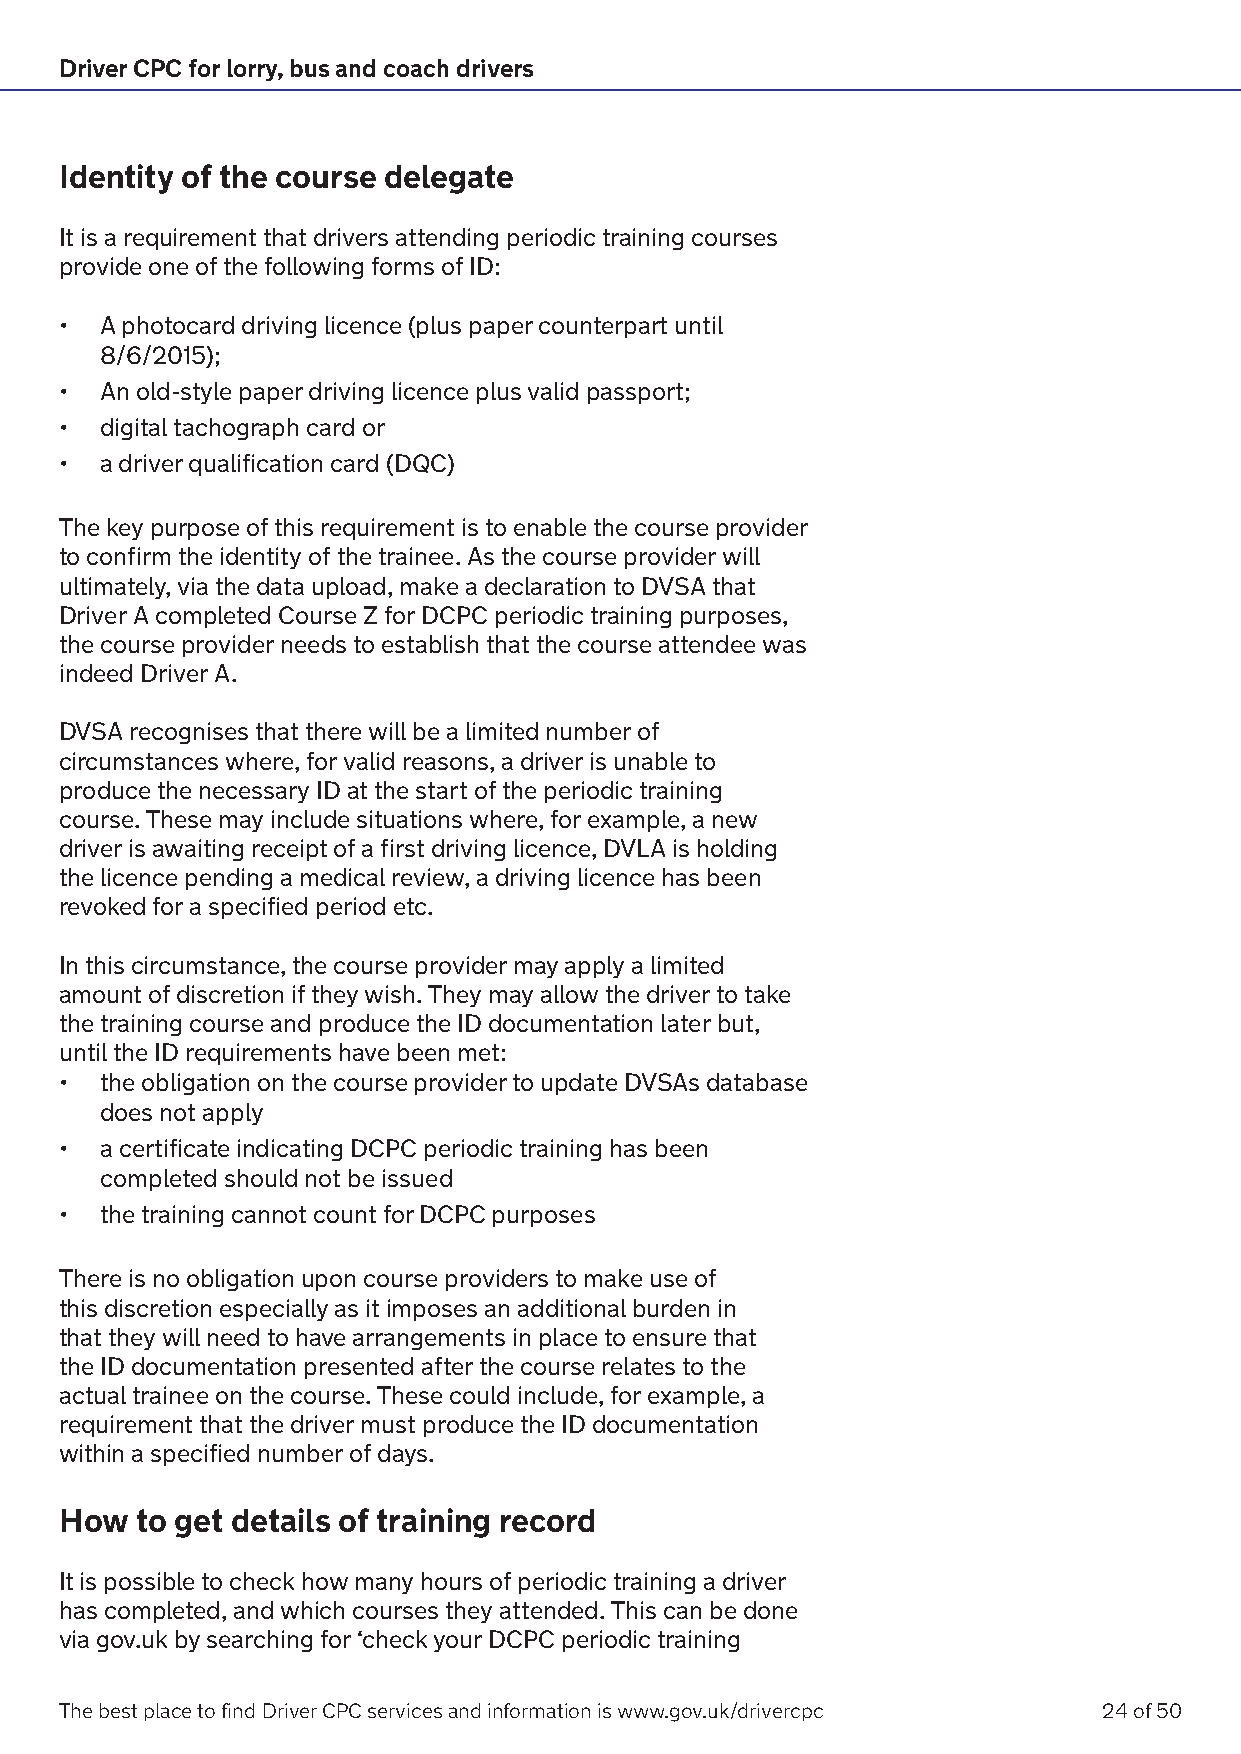
Driver CPC for lorry, bus and coach drivers
 Identity of the course delegate
 It is a requirement that drivers attending periodic training courses
 provide one of the following forms of ID:
 •  A photocard driving licence (plus paper counterpart until
 8/6/2015);
 •  An old-style paper driving licence plus valid passport;
 •  digital tachograph card or
 •  a driver qualification card (DQC)
 The key purpose of this requirement is to enable the course provider
 to confirm the identity of the trainee. As the course provider will
 ultimately, via the data upload, make a declaration to DVSA that
 Driver A completed Course Z for DCPC periodic training purposes,
 the course provider needs to establish that the course attendee was
 indeed Driver A.
 DVSA recognises that there will be a limited number of
 circumstances where, for valid reasons, a driver is unable to
 produce the necessary ID at the start of the periodic training
 course. These may include situations where, for example, a new
 driver is awaiting receipt of a first driving licence, DVLA is holding
 the licence pending a medical review, a driving licence has been
 revoked for a specified period etc.
 In this circumstance, the course provider may apply a limited
 amount of discretion if they wish. They may allow the driver to take
 the training course and produce the ID documentation later but,
 until the ID requirements have been met:
 •  the obligation on the course provider to update DVSAs database
 does not apply
 •  a certificate indicating DCPC periodic training has been
 completed should not be issued
 •  the training cannot count for DCPC purposes
 There is no obligation upon course providers to make use of
 this discretion especially as it imposes an additional burden in
 that they will need to have arrangements in place to ensure that
 the ID documentation presented after the course relates to the
 actual trainee on the course. These could include, for example, a
 requirement that the driver must produce the ID documentation
 within a specified number of days.
 How  to get details of training record
 It is possible to check how many hours of periodic training a driver
 has completed, and which courses they attended. This can be done
 via gov.uk by searching for ‘check your DCPC periodic training
 The best place to find Driver CPC services and information is www.gov.uk/drivercpc 24 of 50